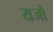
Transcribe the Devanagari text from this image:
यजो